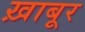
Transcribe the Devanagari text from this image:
ख़ाबूर